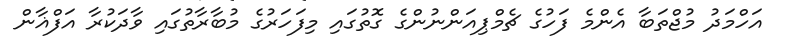
އަހްމަދު މުޖްތަބާ އެންމެ ފަހުގެ ޗެމްޕިއަންނުންގެ ގޮތުގައި މިފަހަރުގެ މުބާރާތުގައި ވާދަކުރާ އަފްޣާން